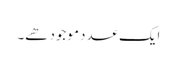
ایک عدد موجود ھے۔